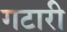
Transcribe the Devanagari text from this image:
गटारी